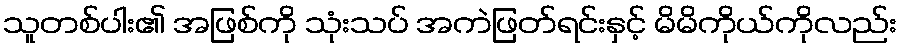
သူတစ်ပါး၏ အဖြစ်ကို သုံးသပ် အကဲဖြတ်ရင်းနှင့် မိမိကိုယ်ကိုလည်း